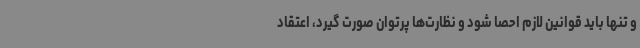
و تنها باید قوانین لازم احصا شود و نظارت‌ها پرتوان صورت گیرد، اعتقاد